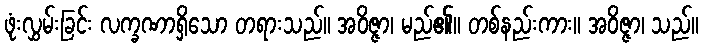
ဖုံးလွှမ်းခြင်း လက္ခဏာရှိသော တရားသည်။ အဝိဇ္ဇာ၊ မည်၏။ တစ်နည်းကား။ အဝိဇ္ဇာ၊ သည်။